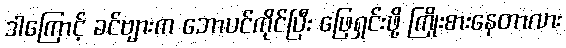
ဒါကြောင့် ခင်ဗျားက ဘောပင်ကိုင်ပြီး ဖြေရှင်းဖို့ ကြိုးစားနေတာလား